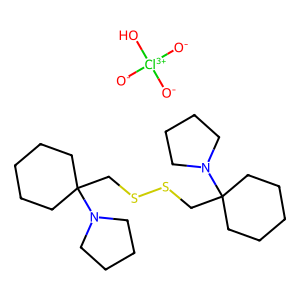
SMILES: C1CCC(CSSCC2(N3CCCC3)CCCCC2)(N2CCCC2)CC1.[O-][Cl+3]([O-])([O-])O
Inhibits HIV replication: No